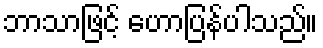
ဘာသာဖြင့် ဟောပြန်ပါသည်။